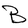
Character: B